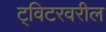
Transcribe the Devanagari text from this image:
ट्विटरवरील